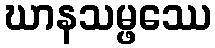
ဃာနသမ္ဖဿေ